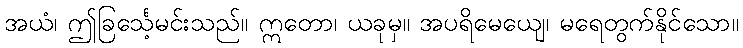
အယံ၊ ဤခြင်္သေ့မင်းသည်။ ဣတော၊ ယခုမှ။ အပရိမေယျေ၊ မရေတွက်နိုင်သော။